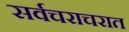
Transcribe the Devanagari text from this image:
सर्वचराचरात